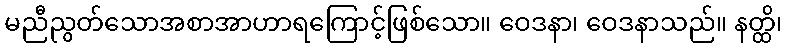
မညီညွတ်သောအစာအာဟာရကြောင့်ဖြစ်သော။ ဝေဒနာ၊ ဝေဒနာသည်။ နတ္ထိ၊